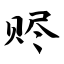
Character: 赆